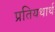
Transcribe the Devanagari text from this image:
प्रतियथार्थ